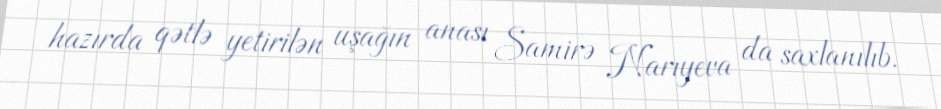
hazırda qətlə yetirilən uşağın anası Samirə Narıyeva da saxlanılıb.